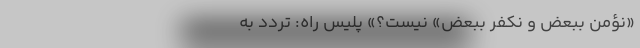
«نُؤْمِنُ بِبَعْضٍ وَ نَکْفُرُ بِبَعْضٍ» نیست؟» پلیس راه: تردد به